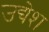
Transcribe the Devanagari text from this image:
उद्येश